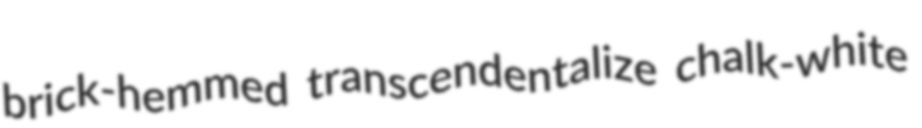
brick-hemmed transcendentalize chalk-white